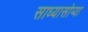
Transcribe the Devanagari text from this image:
साध्यासोप्या